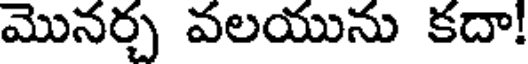
మొనర్చ వలయును కదా!